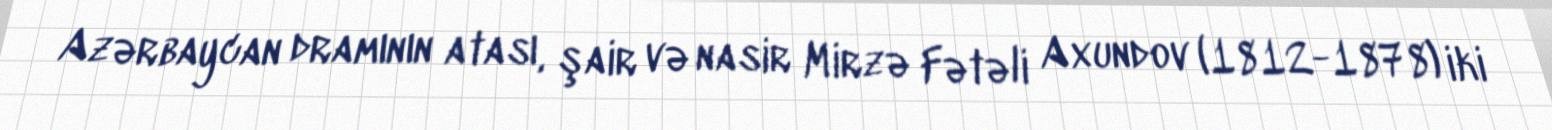
Azərbaycan dramının atası, şair və nasir Mirzə Fətəli Axundov (1812-1878) iki